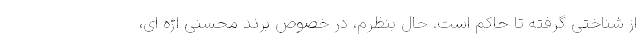
از شناختی گرفته تا حاکم است. حال بنظرم، در خصوصِ برند محسنی اژه ای،